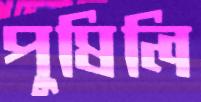
পুষিলি